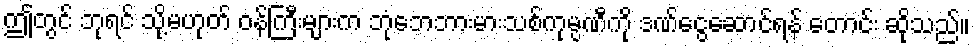
ဤတွင် ဘုရင် သို့မဟုတ် ဝန်ကြီးများက ဘုံဘေဘားမားသစ်ကုမ္ပဏီကို ဒဏ်ငွေဆောင်ရန် တောင်း ဆိုသည်။